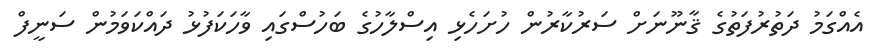
އެއްގަމު ދަތުރުފަތުގެ ޤާނޫނަށް ސަރުކާރުން ހުށަހެޅި އިސްލާހުގެ ބަހުސްގައި ވާހަކަފުޅު ދައްކަވަމުން ސަނީފް